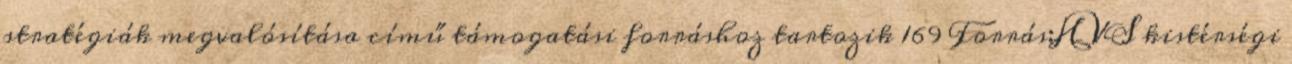
stratégiák megvalósítása című támogatási forráshoz tartozik 169 Forrás:HVS kistérségi